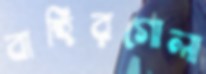
বাহিরগোলা